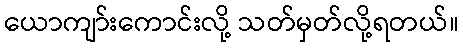
ယောကျာ်းကောင်းလို့ သတ်မှတ်လို့ရတယ်။